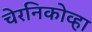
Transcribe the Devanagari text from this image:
चेरनिकोव्हा